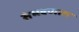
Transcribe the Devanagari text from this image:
संभवणारा